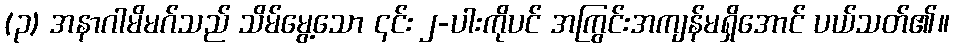
(၃) အနာဂါမိမဂ်သည် သိမ်မွေ့သော ၎င်း ၂-ပါးကိုပင် အကြွင်းအကျန်မရှိအောင် ပယ်သတ်၏။